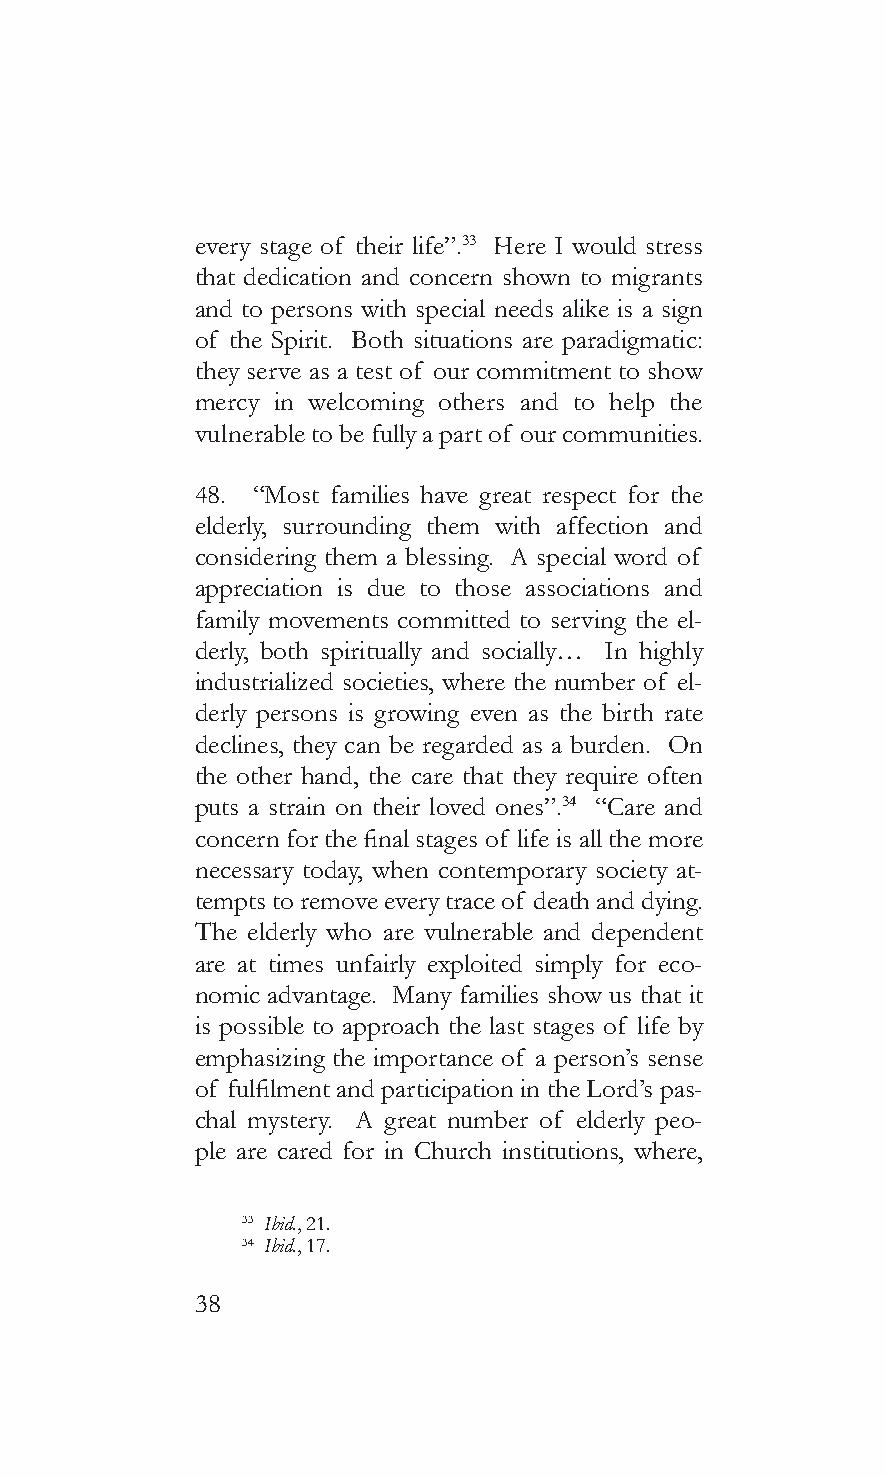
every stage of their life”.33 Here I would stress
 that dedication and concern shown to migrants
 and to persons with special needs alike is a sign
 of the Spirit. Both situations are paradigmatic:
 they serve as a test of our commitment to show
 mercy in welcoming others and to help the
 vulnerable to be fully a part of our communities.
 48. “Most families have great respect for the
 elderly, surrounding them with affection and
 considering them a blessing. A special word of
 appreciation is due to those associations and
 family movements committed to serving the el-
 derly, both spiritually and socially… In highly
 industrialized societies, where the number of el-
 derly persons is growing even as the birth rate
 declines, they can be regarded as a burden. On
 the other hand, the care that they require often
 puts a strain on their loved ones”.34 “Care and
 concern for the final stages of life is all the more
 necessary today, when contemporary society at-
 tempts to remove every trace of death and dying.
 The elderly who are vulnerable and dependent
 are at times unfairly exploited simply for eco-
 nomic advantage. Many families show us that it
 is possible to approach the last stages of life by
 emphasizing the importance of a person’s sense
 of fulfilment and participation in the Lord’s pas-
 chal mystery. A great number of elderly peo-
 ple are cared for in Church institutions, where,
 33 Ibid., 21.
 34 Ibid., 17.
 38